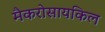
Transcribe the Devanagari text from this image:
मैकरोसायकिल